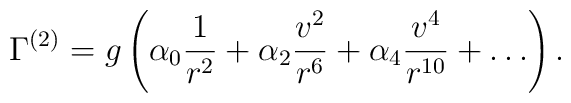
\Gamma^{(2)}=g \left( \alpha_0 {1 \over r^2} +\alpha_2 { v^2 \over r^6} +\alpha_4 {v^4 \over r^{10}} +\dots \right).